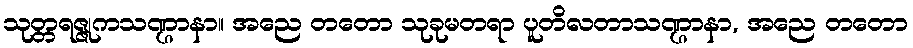
သုတ္တရဇ္ဇုကသဏ္ဌာနာ။ အညေ တတော သုခုမတရာ ပူတိလတာသဏ္ဌာနာ, အညေ တတော